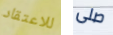
للاعتقاد صلى